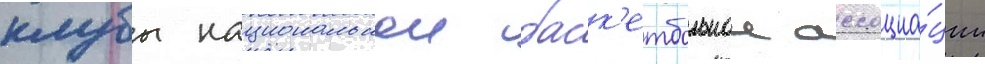
клубы национальнои баск'етбольнои ассоциа́ции